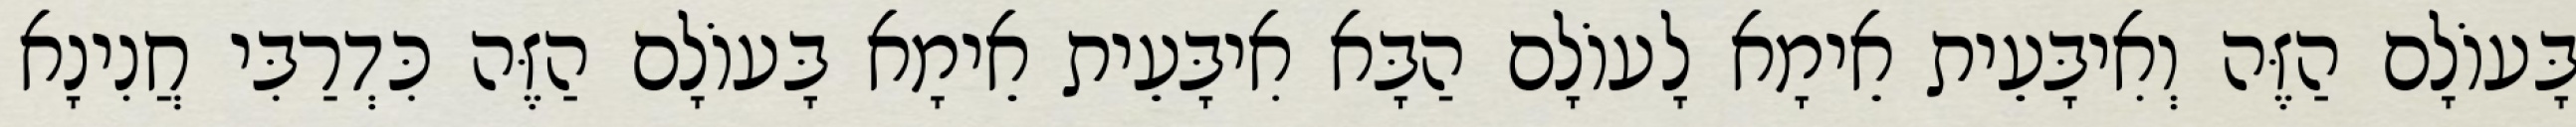
בָּעוֹלָם הַזֶּה וְאִיבָּעֵית אֵימָא לָעוֹלָם הַבָּא אִיבָּעֵית אֵימָא בָּעוֹלָם הַזֶּה כִּדְרַבִּי חֲנִינָא